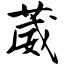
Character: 葳